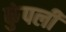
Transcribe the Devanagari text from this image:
कुंपली